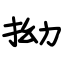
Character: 拗